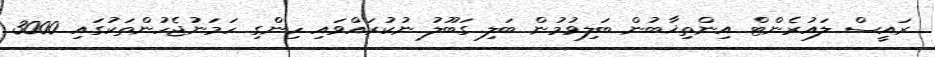
ރައީސް ލައުރެންޓް އިންތިޚާބުން ބަލިވުމުން ބަލި ގަބޫލު ނުކުރައްވައި ހިންގި ހަމަނުޖެހުންތަކުގައި 3000